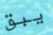
يبق